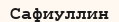
Сафиуллин